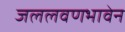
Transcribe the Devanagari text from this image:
जललवणभावेन